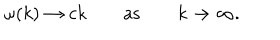
\omega ( k ) \to c k \qquad \mathrm { a s } \qquad k \to \infty .